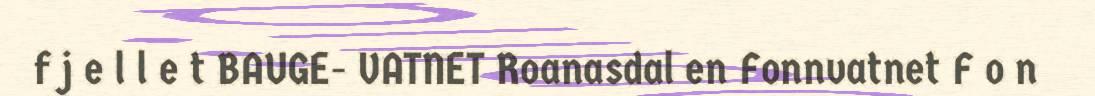
f j e l l e t BAUGE- VATNET Roanasdal en Fonnvatnet F o n